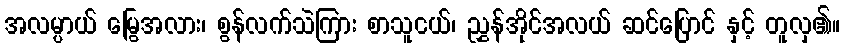
အလမ္ပာယ် မြွေအလား၊ စွန်လက်သဲကြား စာသူငယ်၊ ညွှန်အိုင်အလယ် ဆင်ပြောင် နှင့် တူလှ၏။